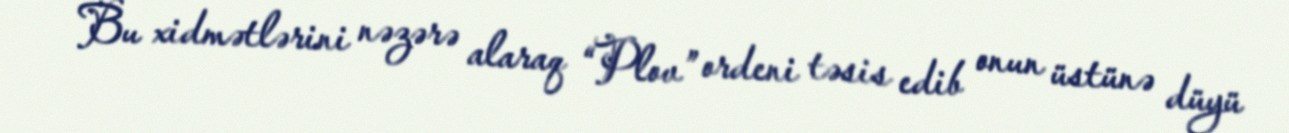
Bu xidmətlərini nəzərə alaraq “Plov” ordeni təsis edib onun üstünə düyü